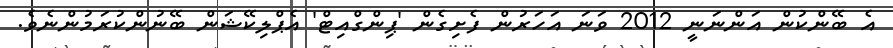
އެ ބޭންކުން އަންނަނީ 2012 ވަނަ އަހަރުން ފެށިގެން 'ޕިންގްއިޓް' އެޕްލިކޭޝަން ބޭނުންކުރަމުންނެވެ.